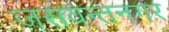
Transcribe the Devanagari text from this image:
जसवन्तनगर